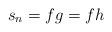
LaTeX: \begin{align*}s_n = fg = fh\end{align*}